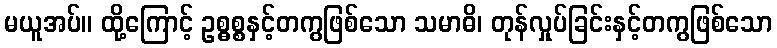
မယူအပ်။ ထို့ကြောင့် ဥစ္ဓစ္စနှင့်တကွဖြစ်သော သမာဓိ၊ တုန်လှုပ်ခြင်းနှင့်တကွဖြစ်သော